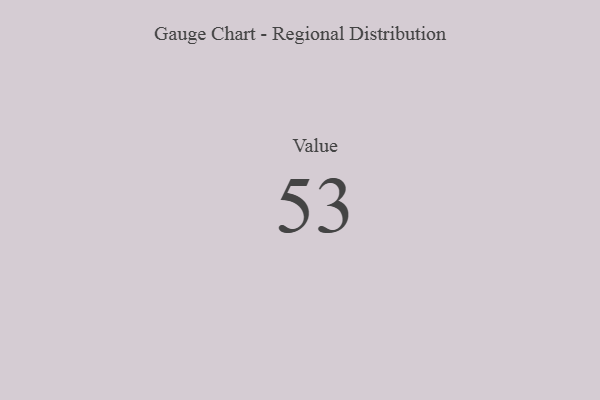
{"axis": {"x": "Metric", "y": "Value"}, "legend": [""], "data": [{"x": "Value", "y": 53, "type": ""}]}